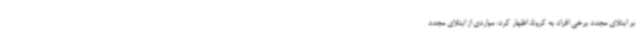
بر ابتلای مجدد برخی افراد به کرونا، اظهار کرد: مواردی از ابتلای مجدد